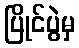
ပြိုင်ပွဲမှ